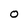
Character: 0